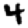
Digit: 4